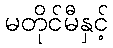
မတိုင်မီနှင့်